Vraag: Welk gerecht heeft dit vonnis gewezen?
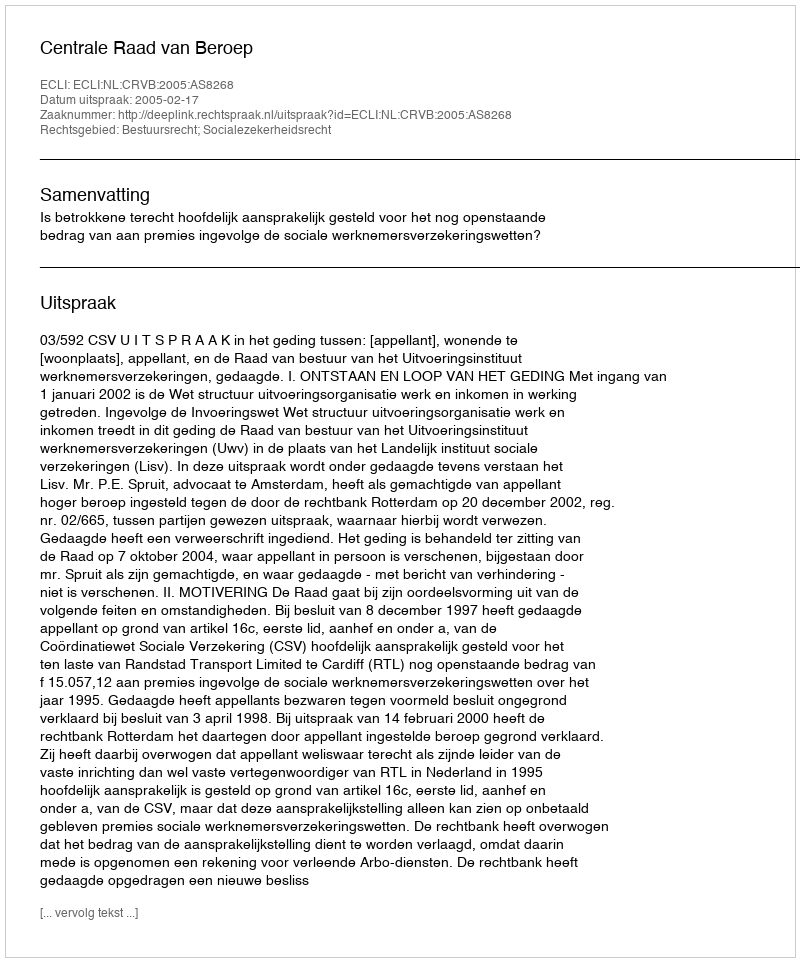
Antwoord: Centrale Raad van Beroep